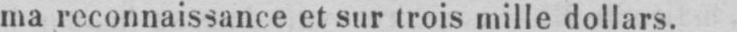
ma reconnaissance et sur trois mille dollars.